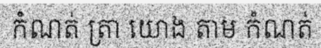
កំណត់ ត្រា យោង តាម កំណត់